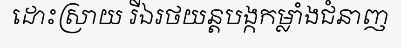
ដោះស្រាយ រីឯរថយន្តបង្កកម្លាំងជំនាញ